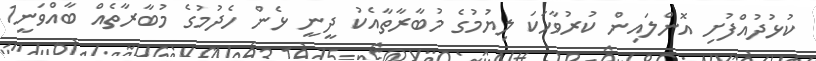
ކުޅުދުއްފުށި އޮންލައިން ކުރުވާހަކަ ލިޔުމުގެ މުބާރާތާއެކު ދީނީ ޅެން ހެދުމުގެ މުބާރާތެއް ބާއްވަނީ1